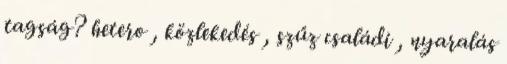
tagság? hetero , közlekedés , szűz családi , nyaralás